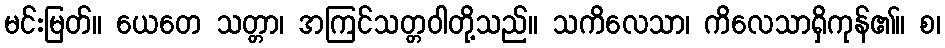
မင်းမြတ်။ ယေတေ သတ္တာ၊ အကြင်သတ္တဝါတို့သည်။ သကိလေသာ၊ ကိလေသာရှိကုန်၏။ စ၊